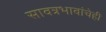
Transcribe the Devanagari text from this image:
सावत्रभावांचेही